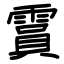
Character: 霣